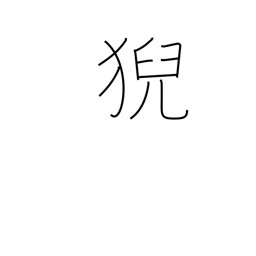
Meaning: the seat of a famous priest